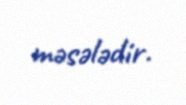
məsələdir.